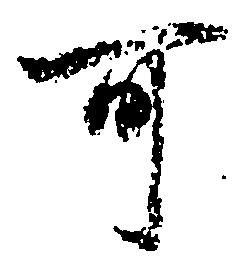
可